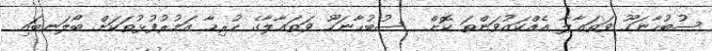
ސުބުޙާނަހޫ ވަތަޢާލާ އެއްކައުވަންތަ ކޮށް  ސުބުޙާނަހޫ ވަތަޢާލާގެ ހުރިހާ އަމުރުފުޅުތަކަށް ބޯލަނބައި